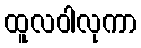
ထူလဝါလုကာ